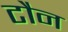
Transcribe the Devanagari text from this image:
टौन